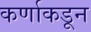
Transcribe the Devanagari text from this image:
कर्णाकडून